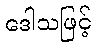
ဒေါသဖြင့်